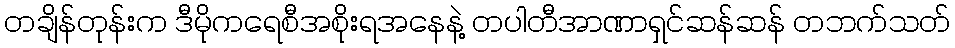
တချိန်တုန်းက ဒီမိုကရေစီအစိုးရအနေနဲ့ တပါတီအာဏာရှင်ဆန်ဆန် တဘက်သတ်